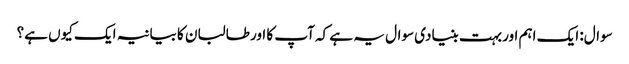
سوال: ایک اہم اور بہت بنیادی سوال یہ ہے کہ آپ کا اور طالبان کا بیانیہ ایک کیوں ہے؟